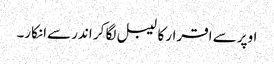
اوپر سے اقرار کا لیبل لگا کر اندر سےانکار۔